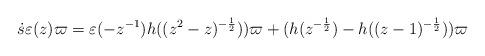
LaTeX: \begin{align*} \dot{s}\varepsilon(z)\varpi=\varepsilon(-z^{-1})h((z^2-z)^{-\frac{1}{2}}))\varpi+ ( h(z^{-\frac{1}{2}})-h((z-1)^{-\frac{1}{2}}))\varpi\end{align*}